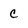
Character: c